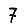
Digit: 7